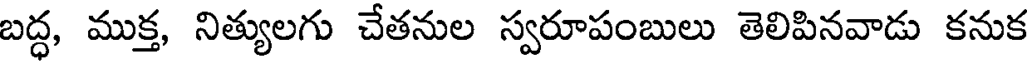
బద్ధ, ముక్త, నిత్యులగు చేతనుల స్వరూపంబులు తెలిపినవాడు కనుక